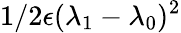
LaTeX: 1/2\epsilon(\lambda_{1}-\lambda_{0})^{2}